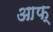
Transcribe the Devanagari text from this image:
आफ्‌